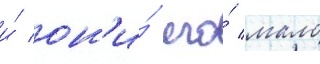
и́ он'и́ его́ мало